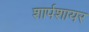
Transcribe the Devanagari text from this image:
शार्पशायर